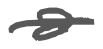
Text: a
Cross-out: single-line
Writing tool: digital_gray